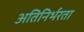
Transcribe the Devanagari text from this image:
अतिनिर्भरता